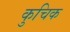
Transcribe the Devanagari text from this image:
कुचिक